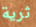
ثرية